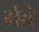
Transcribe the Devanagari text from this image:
भेंब्रे